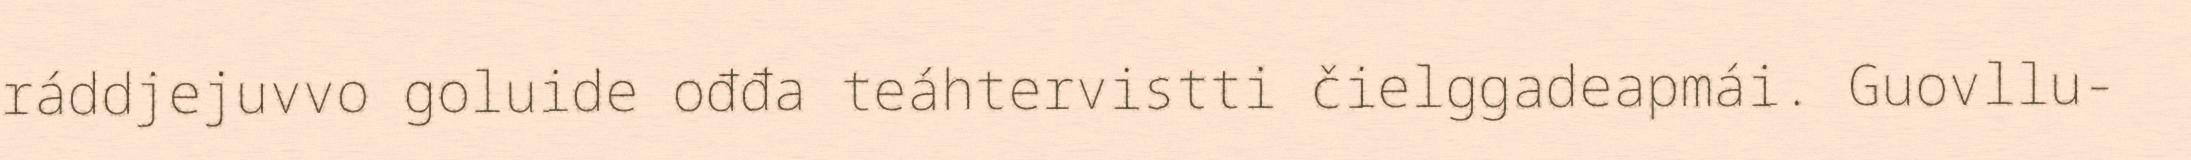
ráddjejuvvo goluide ođđa teáhtervistti čielggadeapmái. Guovllu-